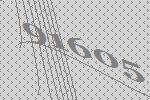
91605